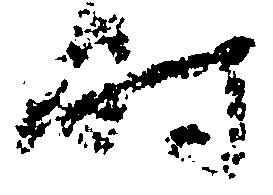
時